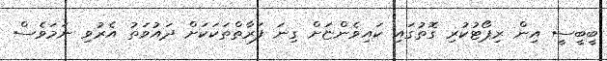
ބީބީސީ އިން ރިޕޯޓުކުރި ގޮތުގައި ކައިވެންޏަށް ގިނަ ފަރާތްތަކަކަށް ދައުވަތު އެރުވި ނަމަވެސް